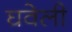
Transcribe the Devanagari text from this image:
घवेली